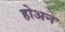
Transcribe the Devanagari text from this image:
होअन